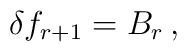
\delta f_{r+1}=B_r\,,